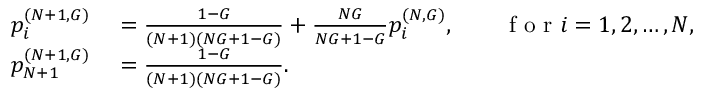
\begin{array} { r l } { p _ { i } ^ { ( N + 1 , G ) } } & { { } = \frac { 1 - G } { ( N + 1 ) ( N G + 1 - G ) } + \frac { N G } { N G + 1 - G } p _ { i } ^ { ( N , G ) } , \qquad \mathrm { ~ f ~ o ~ r ~ } i = 1 , 2 , \dots , N , } \\ { p _ { N + 1 } ^ { ( N + 1 , G ) } } & { { } = \frac { 1 - G } { ( N + 1 ) ( N G + 1 - G ) } . } \end{array}